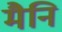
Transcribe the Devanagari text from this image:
मैनि